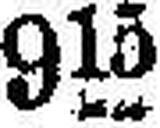
9l§